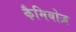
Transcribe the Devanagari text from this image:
कैमियोज़